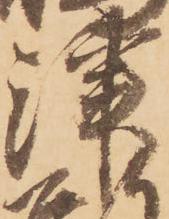
津